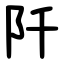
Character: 阡